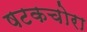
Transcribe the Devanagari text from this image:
षटकचोरा